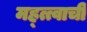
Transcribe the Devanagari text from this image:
मह्त्त्वाची